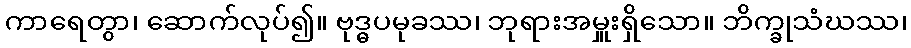
ကာရေတွာ၊ ဆောက်လုပ်၍။ ဗုဒ္ဓပမုခဿ၊ ဘုရားအမှူးရှိသော။ ဘိက္ခုသံဃဿ၊